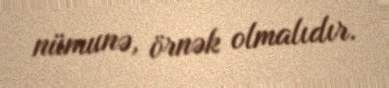
nümunə, örnək olmalıdır.